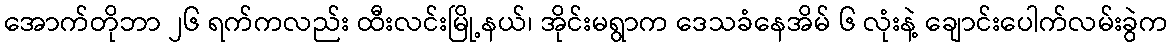
အောက်တိုဘာ ၂၆ ရက်ကလည်း ထီးလင်းမြို့နယ်၊ အိုင်းမရွာက ဒေသခံနေအိမ် ၆ လုံးနဲ့ ချောင်းပေါက်လမ်းခွဲက